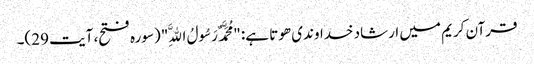
قرآن کریم میں ارشاد خداوندی ھوتا ہے: "مُحَمَّدٌ رَسُولُ اللَّهِ" (سورہ فتح، آیت 29)۔